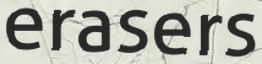
erasers